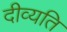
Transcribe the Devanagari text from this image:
दीव्यति